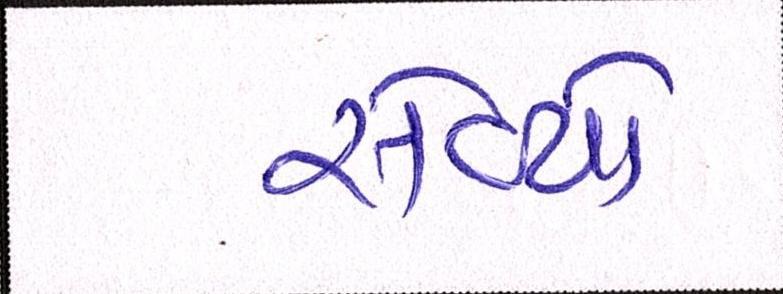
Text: સેવ્યો